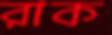
রাক